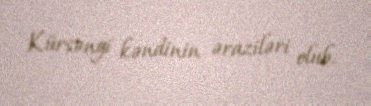
Kürsəngi kəndinin əraziləri olub.